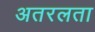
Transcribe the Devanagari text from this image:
अतरलता